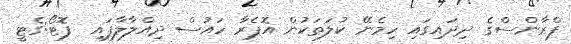
ފްރާންސްގެ ދިދައިގައި ހިމެނޭ ކުލަތަކުން އޮޕެރާ ހައުސް ދިއްލާލާފައި  ފޮޓޯ:ގެޓީ